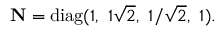
{ \bf N } = \mathrm { d i a g } ( 1 , \ 1 \sqrt { 2 } , \ 1 / \sqrt { 2 } , \ 1 ) .